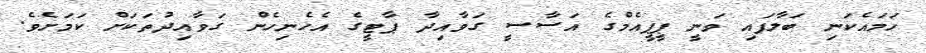
ހަމައެކަނި ބަލާފައި ވަނީ ޕީޕީއެމްގެ އަސާސީ ގަވާއިދާ ޕާޓީގެ އެހެނިހެން ގަވާއިދުތަކަށް ކަމަށެވެ.